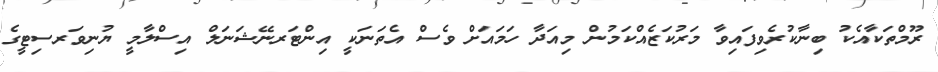
ރޫމްތަކާއެކު ބިނާކުރެވިފައިވާ މަރުކަޒެއްކަމުން މިއަދާ ހަމައަށް ވެސް އެތަނަކީ އިންޓަރނޭޝަނަލް އިސްލާމީ ޔުނިވަރސިޓީގެ